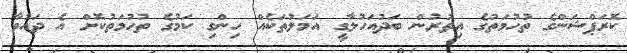
ކޮރަޕްޝަންގެ ތުހުމަތުގެ އިތުރުން ބަދުއަހުލާގީ އަމަލުތަކެއް ހިންގި ކަމުގެ ތުހުމަތުކޮށް އެ ދައުވާ